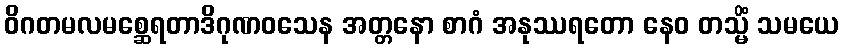
ဝိဂတမလမစ္ဆေရတာဒိဂုဏဝသေန အတ္တနော စာဂံ အနုဿရတော နေဝ တသ္မိံ သမယေ